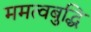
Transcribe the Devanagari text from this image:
ममत्वबुद्धि